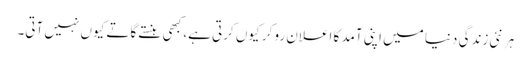
ہر نئی زندگی دنیا میں اپنی آمد کا اعلان رو کر کیوں کرتی ہے، کبھی ہنستے گاتے کیوں نہیں آتی۔